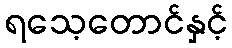
ရသေ့တောင်နှင့်